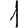
Digit: 1